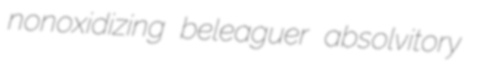
nonoxidizing beleaguer absolvitory